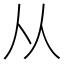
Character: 从